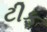
ટીફ